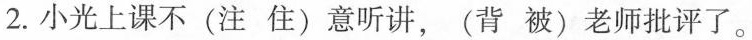
2. 小光上课不(注住)意听讲，(背被)老师批评了。